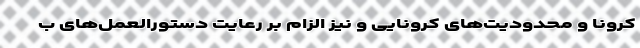
کرونا و محدودیت‌های کرونایی و نیز الزام بر رعایت دستورالعمل‌های ب